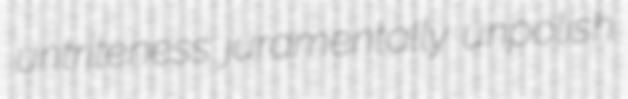
untriteness juramentally unpolish